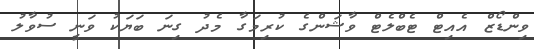
ވިންޑޯޒް އެއިޓް ޓެބްލެޓް ވާޝަންގެ ކުރިމަގާ މެދު ގިނަ ބަޔަކު ވަނީ ސުވާލު